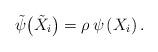
LaTeX: \begin{align*}{\tilde \psi}\big({\tilde X}_i\big) = \rho\, \psi \left( X_i \right).\end{align*}